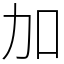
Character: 加